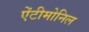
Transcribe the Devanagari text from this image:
ऐंटीमोनिल